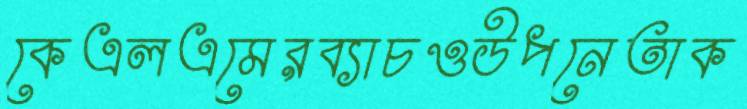
কেএলএমেরব্যাচওউপনেতাক